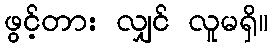
ဖွင့်တား လျှင် လူမရှိ။